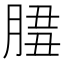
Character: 𦜻